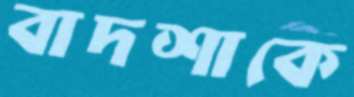
বাদশাকে